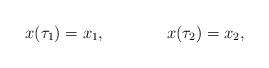
LaTeX: \begin{align*}x(\tau_1) = x_1, \,\,\,\,\,\,\,\,\,\,\,\,\,\,\,\,\,\,\,\,\,\,x (\tau_2) = x_2, \end{align*}